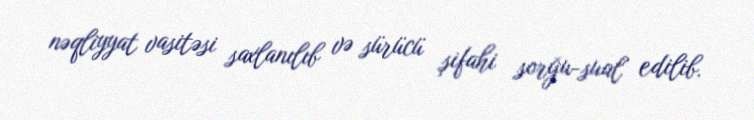
nəqliyyat vasitəsi saxlanılıb və sürücü şifahi sorğu-sual edilib.